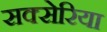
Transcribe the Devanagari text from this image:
सक्सेरिया